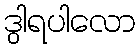
ဒွါရပါလော